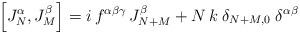
LaTeX: \begin{align*}\left[ J_N^\alpha ,J_M^\beta \right] =i\,f^{\alpha \beta \gamma}\,J_{N+M}^\beta +N\,k\;\delta _{N+M,0}\;\delta ^{\alpha \beta }\end{align*}